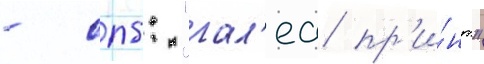
- спб: "гал'еа пр'и́нт"